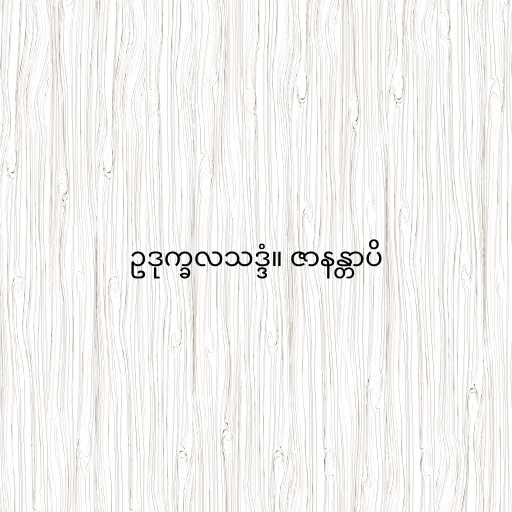
ဥဒုက္ခလသဒ္ဒံ။ ဇာနန္တာပိ